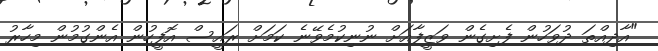
"އާދިއްތަ ދުވަހުން ފެށިގެން ވަޒީފާއަށް ނުނިކުމެވޭނެ ކަމަށް ރައީސް އޮފީހުން އެންގުމުން މިހާރު